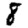
Digit: 8